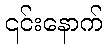
၎င်းနောက်